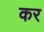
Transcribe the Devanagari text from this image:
कर